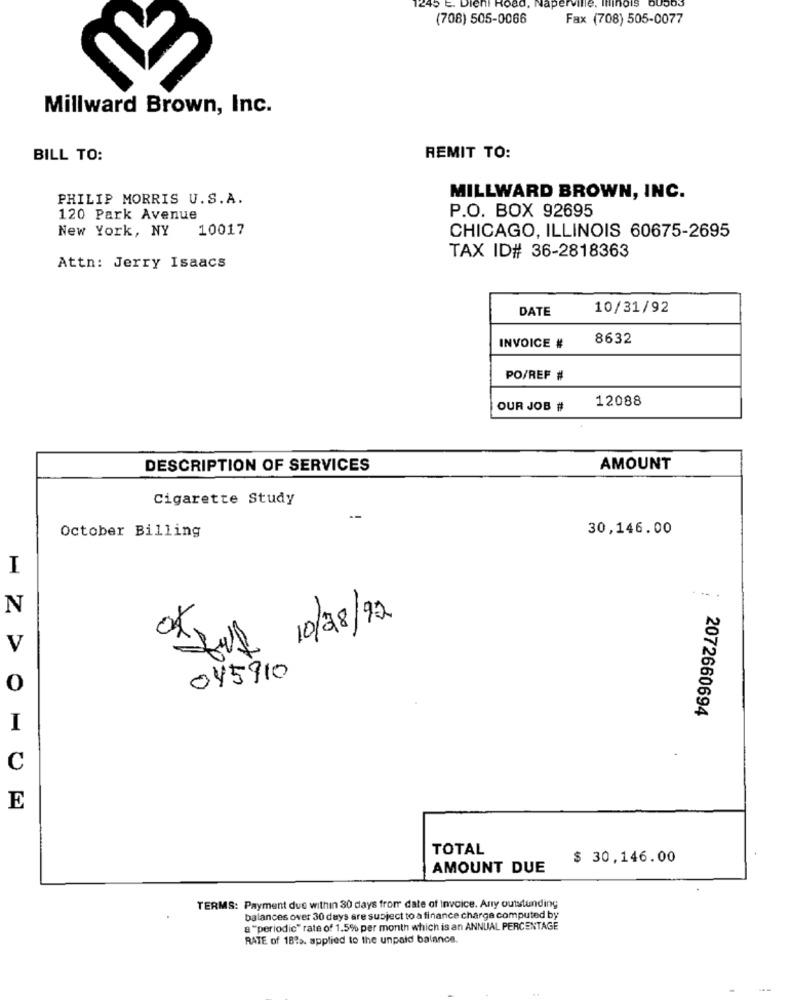
245 E.
(708) 505-0066
Fax (708) 505-0077
Millward Brown, Inc.
BILL TO:
REMIT TO:
PHILIP MORRIS U.S.A.
MILLWARD BROWN, INC.
P.O. BOX 92695
120 Park Avenue
New York, NY
10017
CHICAGO, ILLINOIS 60675-2695
TAX ID# 36-2818363
Attn: Jerry Isaacs
DATE
10/31/92
8632
INVOICE #
PO/REF #
12088
OUR JOB #
DESCRIPTION OF SERVICES
AMOUNT
Cigarette Study
30,146.00
October Billing
I
N
-full 10/28/92
V
045910
0
2072660694
I
C
E
TOTAL
$ 30,146.00
AMOUNT DUE
TERMS: Payment due within 30 days from date of Invoice. Any outstunding
balances over 30 days are subject to a finance charge computed by
a "periodic" rate of 1.5% per month which is an ANNUAL PERCENTAGE
RATE of 18?s. applied to the unpaid balance.